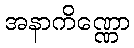
အနာကိဏ္ဏော